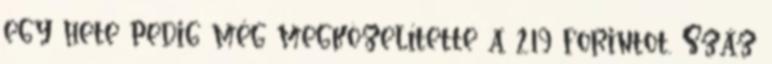
egy hete pedig még megközelítette a 219 forintot. Száz